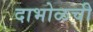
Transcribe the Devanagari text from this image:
दाभोळची